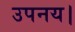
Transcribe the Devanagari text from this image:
उपनय।